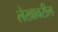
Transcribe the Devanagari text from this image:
लेखावरील